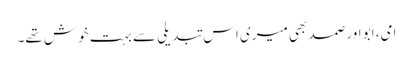
امی، ابو اور صمد بھی میری اس تبدیلی سے بہت خوش تھے۔